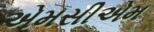
એમસીએમ